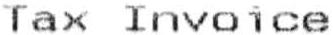
TAX INVOICE